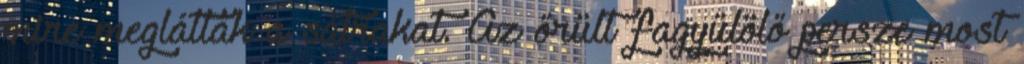
mire meglátták a sátrakat. Az őrült fagyűlölő persze most